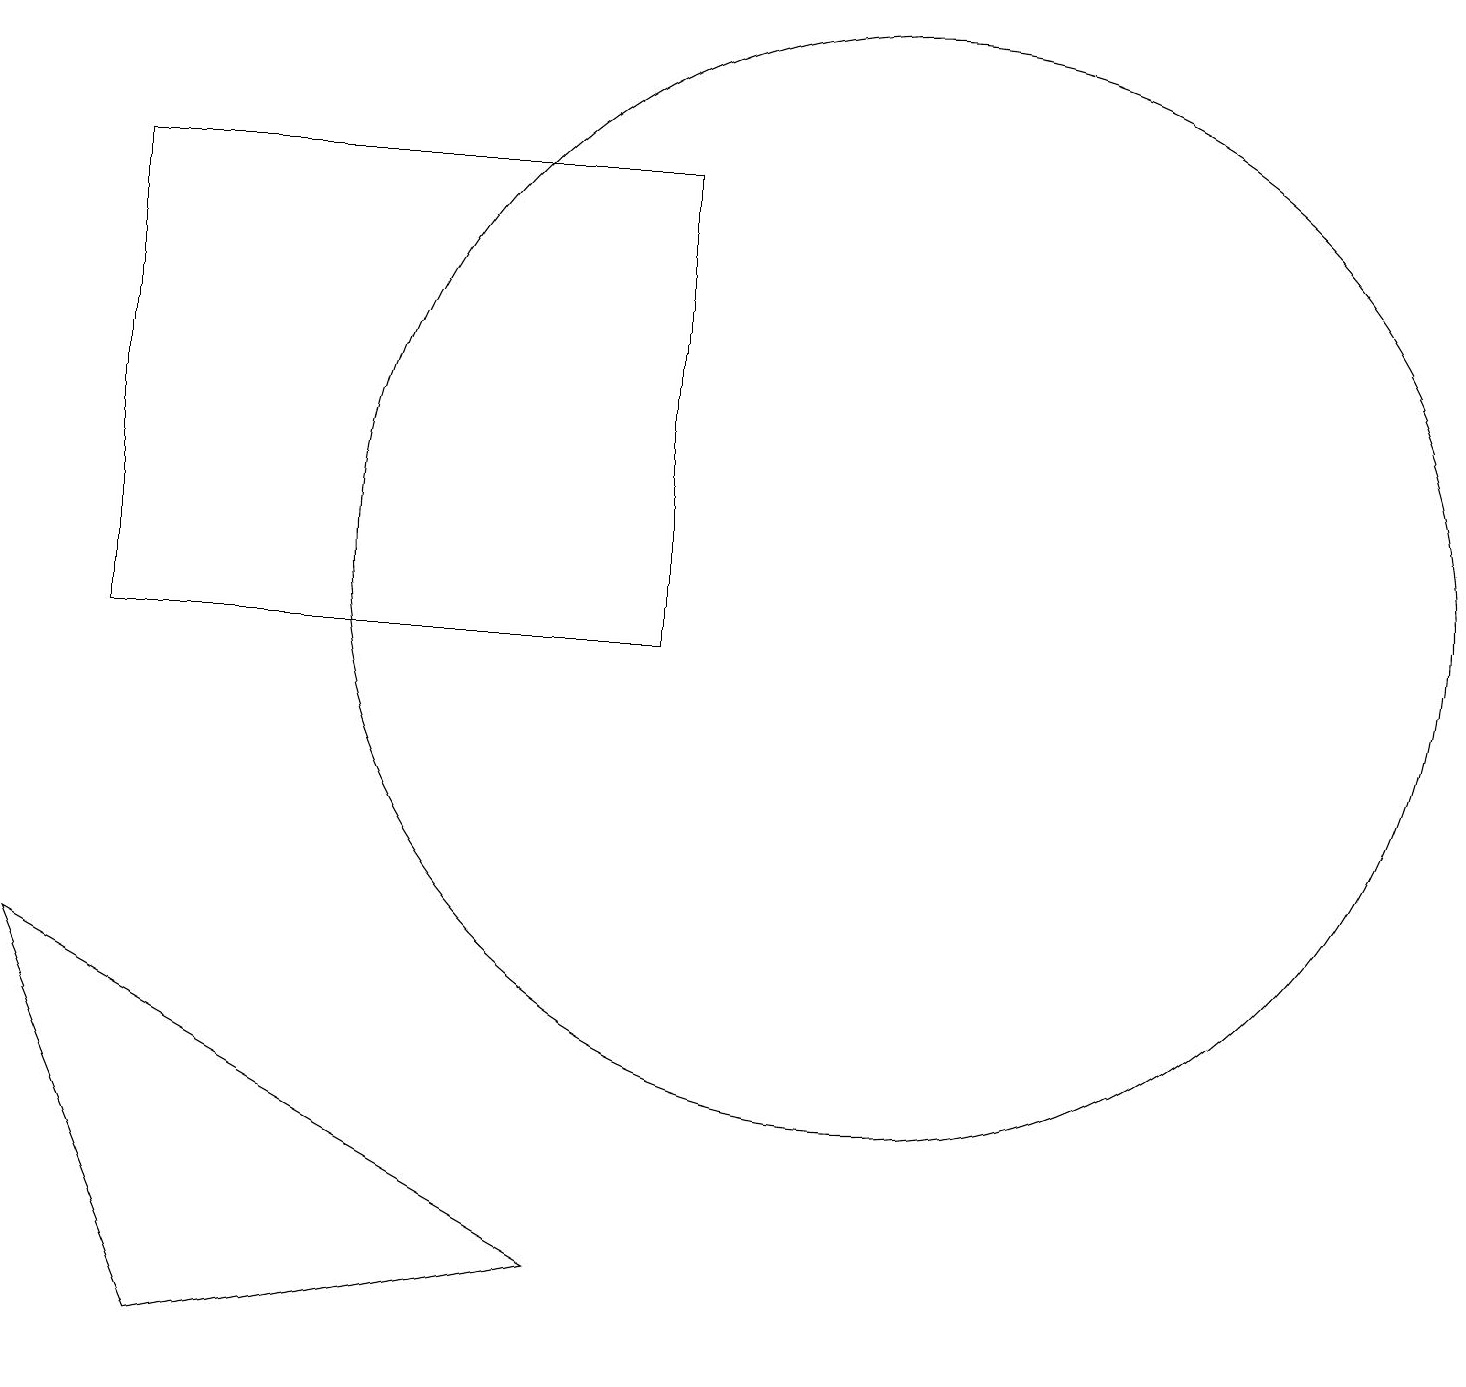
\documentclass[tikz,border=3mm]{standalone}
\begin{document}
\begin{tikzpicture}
\draw (2,10) rectangle (9,16);
\draw (12,11) circle (7);
\draw (8,2) -- (1,6) -- (3,1) -- cycle;
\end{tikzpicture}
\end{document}